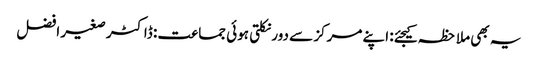
یہ بھی ملاحظہ کیجئے: اپنے مرکز سے دور نکلتی ہوئی جماعت : ڈاکٹر صغیر افضل